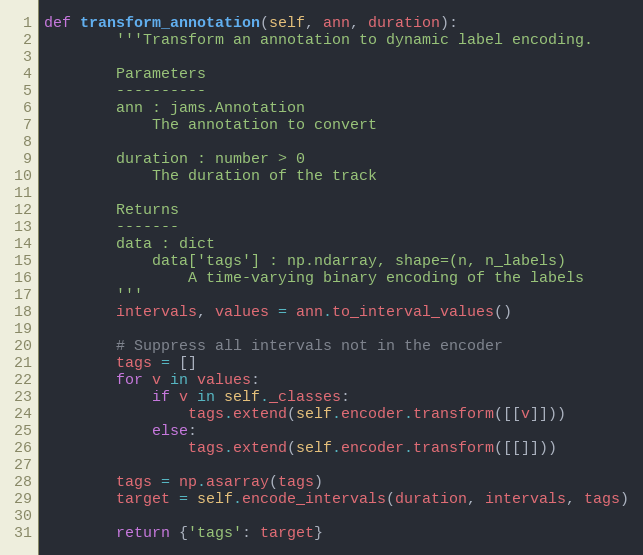
Language: Python
def transform_annotation(self, ann, duration):
        '''Transform an annotation to dynamic label encoding.

        Parameters
        ----------
        ann : jams.Annotation
            The annotation to convert

        duration : number > 0
            The duration of the track

        Returns
        -------
        data : dict
            data['tags'] : np.ndarray, shape=(n, n_labels)
                A time-varying binary encoding of the labels
        '''
        intervals, values = ann.to_interval_values()

        # Suppress all intervals not in the encoder
        tags = []
        for v in values:
            if v in self._classes:
                tags.extend(self.encoder.transform([[v]]))
            else:
                tags.extend(self.encoder.transform([[]]))

        tags = np.asarray(tags)
        target = self.encode_intervals(duration, intervals, tags)

        return {'tags': target}